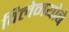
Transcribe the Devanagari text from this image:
विलेनयोबे